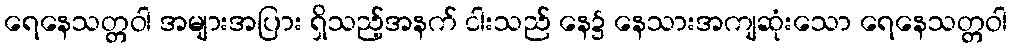
ရေနေသတ္တဝါ အများအပြား ရှိသည့်အနက် ငါးသည် နေ၌ နေသားအကျဆုံးသော ရေနေသတ္တဝါ